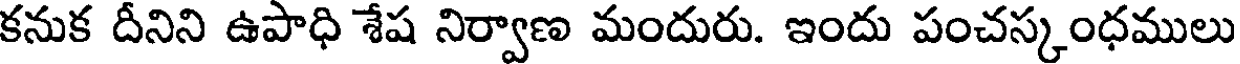
కనుక దీనిని ఉపాధి శేష నిర్వాణ మందురు. ఇందు పంచస్కంధములు